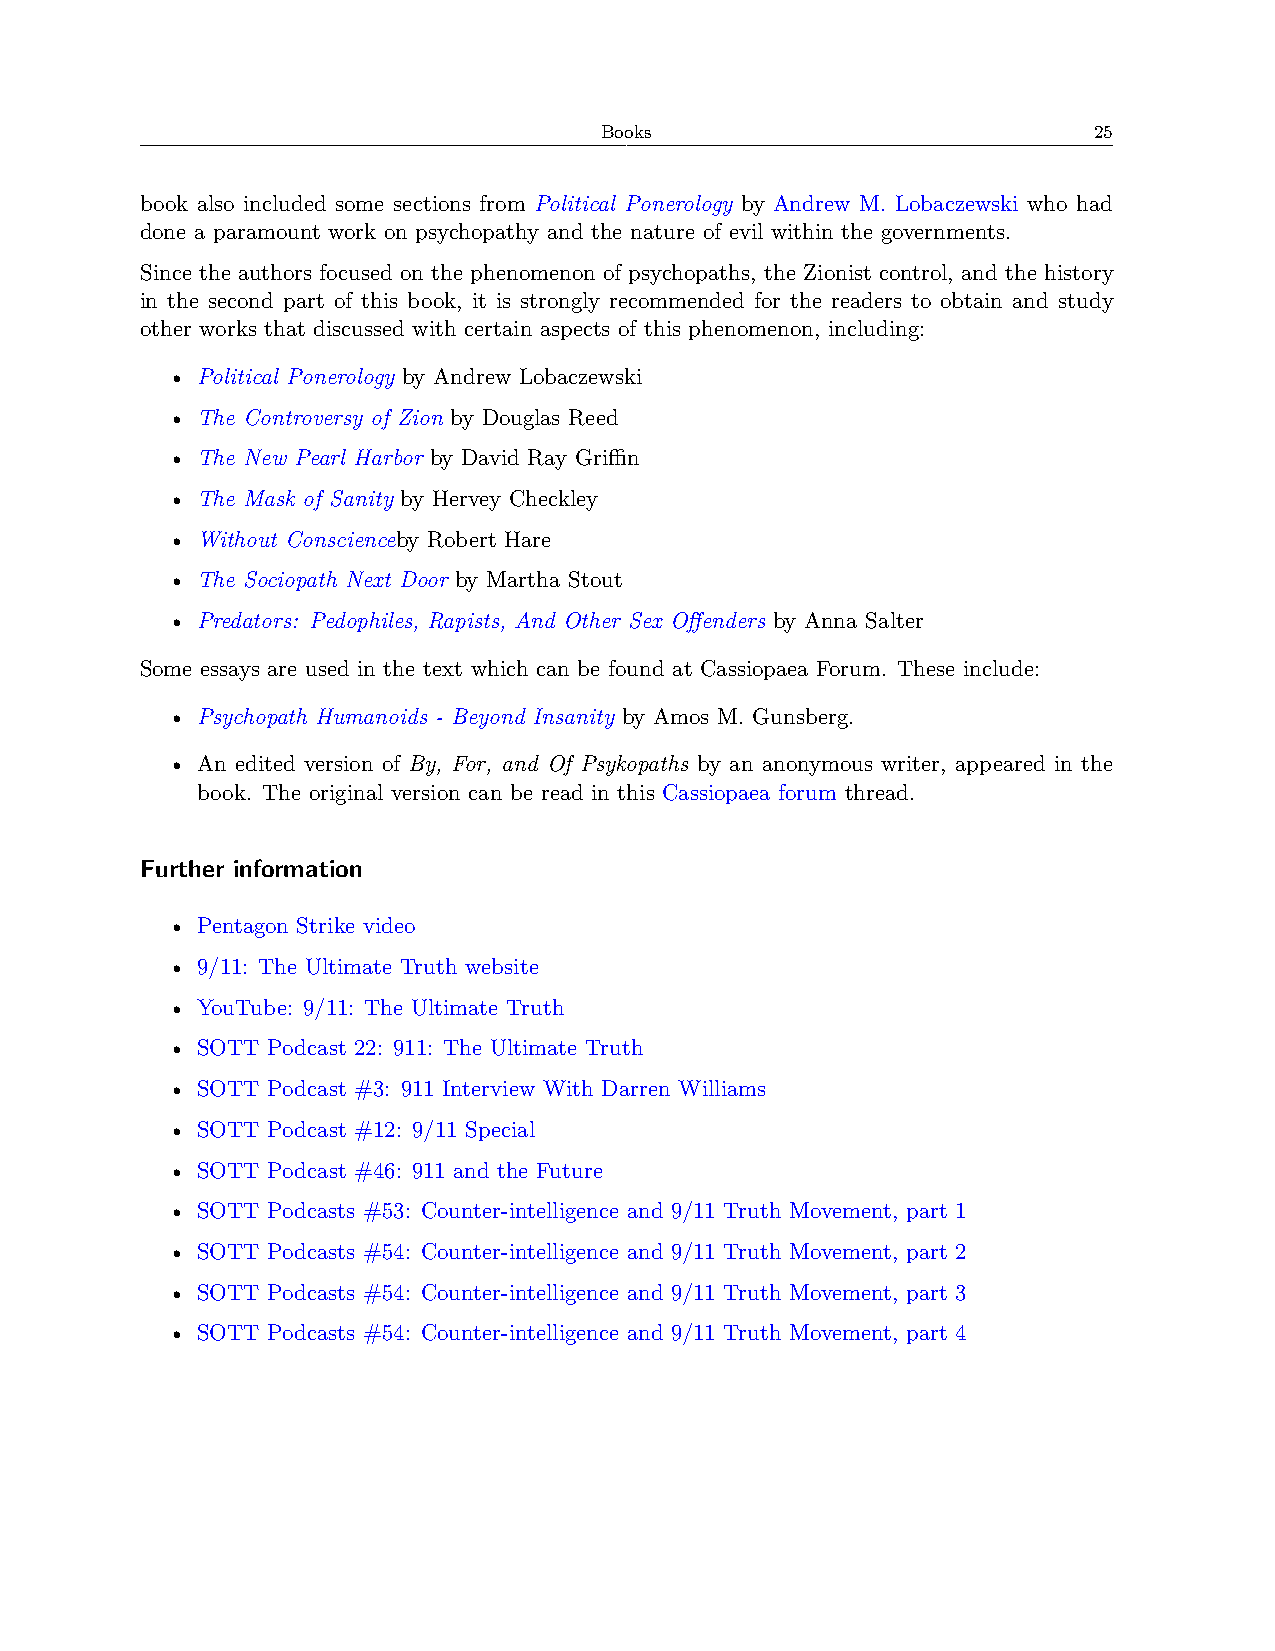
Books                           25
 book also included some sections from Political Ponerology by Andrew M. Lobaczewski who had
 done a paramount work on psychopathy and the nature of evil within the governments.
 Since the authors focused on the phenomenon of psychopaths, the Zionist control, and the history
 in the second part of this book, it is strongly recommended for the readers to obtain and study
 other works that discussed with certain aspects of this phenomenon, including:
 • Political Ponerology by Andrew Lobaczewski
 • The Controversy of Zion by Douglas Reed
 • The New Pearl Harbor by David Ray Griﬀin
 • The Mask of Sanity by Hervey Checkley
 • Without Conscienceby Robert Hare
 • The Sociopath Next Door by Martha Stout
 • Predators: Pedophiles, Rapists, And Other Sex Offenders by Anna Salter
 Some essays are used in the text which can be found at Cassiopaea Forum. These include:
 • Psychopath Humanoids - Beyond Insanity by Amos M. Gunsberg.
 • An edited version of By, For, and Of Psykopaths by an anonymous writer, appeared in the
 book. The original version can be read in this Cassiopaea forum thread.
 Further information
 • Pentagon Strike video
 • 9/11: The Ultimate Truth website
 • YouTube: 9/11: The Ultimate Truth
 • SOTT Podcast 22: 911: The Ultimate Truth
 • SOTT Podcast #3: 911 Interview With Darren Williams
 • SOTT Podcast #12: 9/11 Special
 • SOTT Podcast #46: 911 and the Future
 • SOTT Podcasts #53: Counter-intelligence and 9/11 Truth Movement, part 1
 • SOTT Podcasts #54: Counter-intelligence and 9/11 Truth Movement, part 2
 • SOTT Podcasts #54: Counter-intelligence and 9/11 Truth Movement, part 3
 • SOTT Podcasts #54: Counter-intelligence and 9/11 Truth Movement, part 4